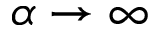
\alpha \to \infty